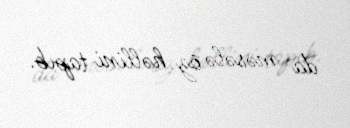
da məsələ öz həllini tapıb.